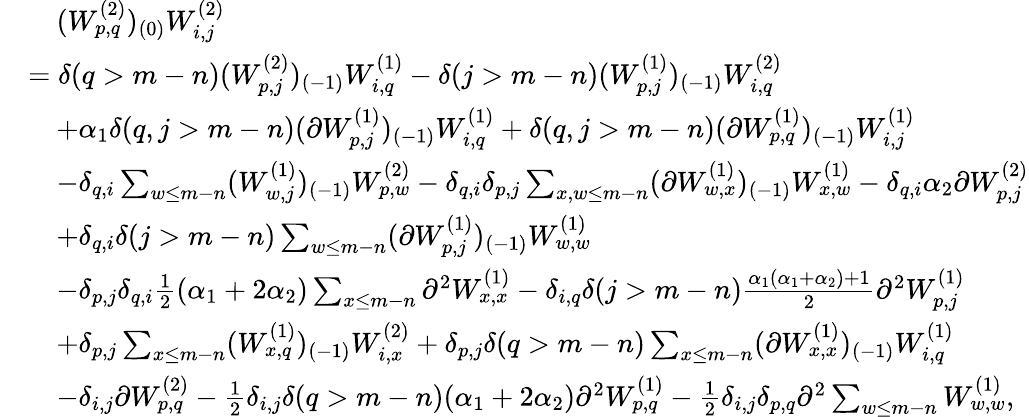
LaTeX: \begin{array}{rl}&{\quad(W_{p,q}^{(2)})_{(0)}W_{i,j}^{(2)}}\\ &{=\delta(q>m-n)(W_{p,j}^{(2)})_{(-1)}W_{i,q}^{(1)}-\delta(j>m-n)(W_{p,j}^{(1)})_{(-1)}W_{i,q}^{(2)}}\\ &{\quad+\alpha_{1}\delta(q,j>m-n)(\partial W_{p,j}^{(1)})_{(-1)}W_{i,q}^{(1)}+\delta(q,j>m-n)(\partial W_{p,q}^{(1)})_{(-1)}W_{i,j}^{(1)}}\\ &{\quad-\delta_{q,i}\sum_{w\leq m-n}(W_{w,j}^{(1)})_{(-1)}W_{p,w}^{(2)}-\delta_{q,i}\delta_{p,j}\sum_{x,w\leq m-n}(\partial W_{w,x}^{(1)})_{(-1)}W_{x,w}^{(1)}-\delta_{q,i}\alpha_{2}\partial W_{p,j}^{(2)}}\\ &{\quad+\delta_{q,i}\delta(j>m-n)\sum_{w\leq m-n}(\partial W_{p,j}^{(1)})_{(-1)}W_{w,w}^{(1)}}\\ &{\quad-\delta_{p,j}\delta_{q,i}\frac{1}{2}(\alpha_{1}+2\alpha_{2})\sum_{x\leq m-n}\partial^{2}W_{x,x}^{(1)}-\delta_{i,q}\delta(j>m-n)\frac{\alpha_{1}(\alpha_{1}+\alpha_{2})+1}{2}\partial^{2}W_{p,j}^{(1)}}\\ &{\quad+\delta_{p,j}\sum_{x\leq m-n}(W_{x,q}^{(1)})_{(-1)}W_{i,x}^{(2)}+\delta_{p,j}\delta(q>m-n)\sum_{x\leq m-n}(\partial W_{x,x}^{(1)})_{(-1)}W_{i,q}^{(1)}}\\ &{\quad-\delta_{i,j}\partial W_{p,q}^{(2)}-\frac{1}{2}\delta_{i,j}\delta(q>m-n)(\alpha_{1}+2\alpha_{2})\partial^{2}W_{p,q}^{(1)}-\frac{1}{2}\delta_{i,j}\delta_{p,q}\partial^{2}\sum_{w\leq m-n}W_{w,w}^{(1)},}\end{array}